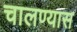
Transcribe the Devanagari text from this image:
चालण्यास